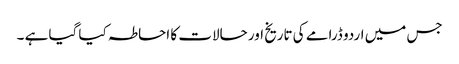
جس میں اردو ڈرامے کی تاریخ اور حالات کا احاطہ کیا گیا ہے ۔